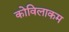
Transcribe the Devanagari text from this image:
कोविलाकम